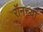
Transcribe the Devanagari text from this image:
रॉनच्या